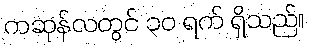
ကဆုန်လတွင် ၃၀ ရက် ရှိသည်။